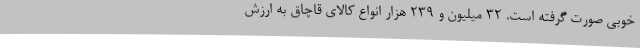
خوبی صورت گرفته است. ۳۲ میلیون و ۲۳۹ هزار انواع کالای قاچاق به ارزش